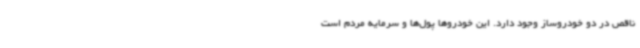
ناقص در دو خودروساز وجود دارد. این خودروها پول‌ها و سرمایه مردم است